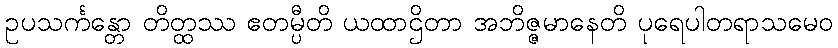
ဥပသင်္ကန္တော တိတ္ထဿ ဧတမ္ပီတိ ယထာဌိတာ အဘိဇ္ဇမာနေတိ ပုရေပါတရာသမေဝ